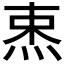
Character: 𰞡